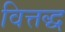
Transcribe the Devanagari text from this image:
वित्तद्ध